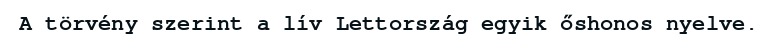
A törvény szerint a lív Lettország egyik őshonos nyelve.